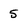
Character: 5